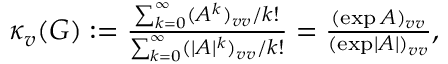
\begin{array} { r } { \kappa _ { v } ( G ) : = \frac { \sum _ { k = 0 } ^ { \infty } ( A ^ { k } ) _ { v v } / k ! } { \sum _ { k = 0 } ^ { \infty } ( \lvert A \rvert ^ { k } ) _ { v v } / k ! } = \frac { ( \exp A ) _ { v v } } { ( \exp \lvert A \rvert ) _ { v v } } , } \end{array}